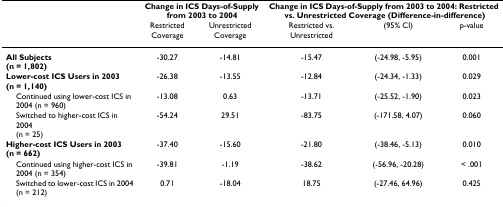
<table><thead><tr><td></td><td colspan="2"><b>Change in ICS Days-of-Supply from 2003 to 2004</b></td><td colspan="3"><b>Change in ICS Days-of-Supply from 2003 to 2004: Restricted vs. Unrestricted Coverage (Difference-in-difference)</b></td></tr><tr><td></td><td><b>Restricted Coverage</b></td><td><b>Unrestricted Coverage</b></td><td><b>Restricted vs. Unrestricted</b></td><td><b>(95% CI)</b></td><td><b>p-value</b></td></tr></thead><tbody><tr><td><b>All Subjects (n = 1,802)</b></td><td>-30.27</td><td>-14.81</td><td>-15.47</td><td>(-24.98, -5.95)</td><td>0.001</td></tr><tr><td><b>Lower-cost ICS Users in 2003 (n = 1,140)</b></td><td>-26.38</td><td>-13.55</td><td>-12.84</td><td>(-24.34, -1.33)</td><td>0.029</td></tr><tr><td> Continued using lower-cost ICS in 2004 (n = 960)</td><td>-13.08</td><td>0.63</td><td>-13.71</td><td>(-25.52, -1.90)</td><td>0.023</td></tr><tr><td> Switched to higher-cost ICS in 2004 (n = 25)</td><td>-54.24</td><td>29.51</td><td>-83.75</td><td>(-171.58, 4.07)</td><td>0.060</td></tr><tr><td><b>Higher-cost ICS Users in 2003 (n = 662)</b></td><td>-37.40</td><td>-15.60</td><td>-21.80</td><td>(-38.46, -5.13)</td><td>0.010</td></tr><tr><td> Continued using higher-cost ICS in 2004 (n = 354)</td><td>-39.81</td><td>-1.19</td><td>-38.62</td><td>(-56.96, -20.28)</td><td>&lt; .001</td></tr><tr><td> Switched to lower-cost ICS in 2004 (n = 212)</td><td>0.71</td><td>-18.04</td><td>18.75</td><td>(-27.46, 64.96)</td><td>0.425</td></tr></tbody></table>